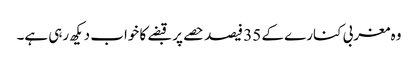
وہ مغربی کنارے کے 35 فیصد حصے پر قبضے کا خواب دیکھ رہی ہے۔